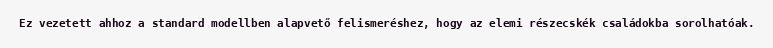
Ez vezetett ahhoz a standard modellben alapvető felismeréshez, hogy az elemi részecskék családokba sorolhatóak.